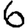
Digit: 6